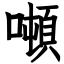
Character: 噸